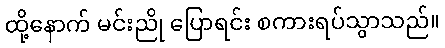
ထို့နောက် မင်းညို ပြောရင်း စကားရပ်သွာသည်။